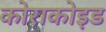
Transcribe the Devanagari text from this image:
कोराकोइड